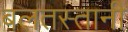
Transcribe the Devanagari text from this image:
बलतस्तानी